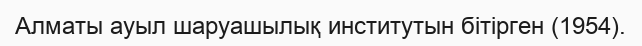
Алматы ауыл шаруашылық институтын бітірген (1954).